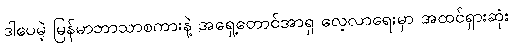
ဒါပေမဲ့ မြန်မာဘာသာစကားနဲ့ အရှေ့တောင်အာရှ လေ့လာရေးမှာ အထင်ရှားဆုံး